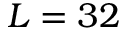
L = 3 2